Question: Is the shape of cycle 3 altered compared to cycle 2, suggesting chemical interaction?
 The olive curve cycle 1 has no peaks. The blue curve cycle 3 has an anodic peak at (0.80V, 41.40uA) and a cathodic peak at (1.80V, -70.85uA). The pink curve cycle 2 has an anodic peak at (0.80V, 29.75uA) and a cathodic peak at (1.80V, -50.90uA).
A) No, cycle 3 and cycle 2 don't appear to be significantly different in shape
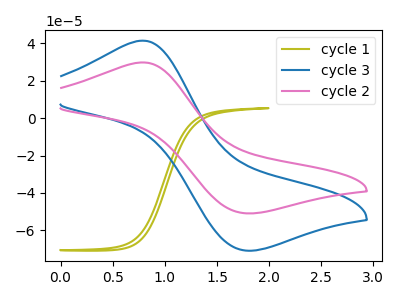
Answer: <think>All the peaks in "cycle 3" have a peak in "cycle 2" at the same potential. Every peak in "cycle 3" is higher than every peak in "cycle 2".
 </think>
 <answer>A) No, "cycle 3" and "cycle 2" don't appear to be significantly different in shape</answer>
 <eval>A</eval>